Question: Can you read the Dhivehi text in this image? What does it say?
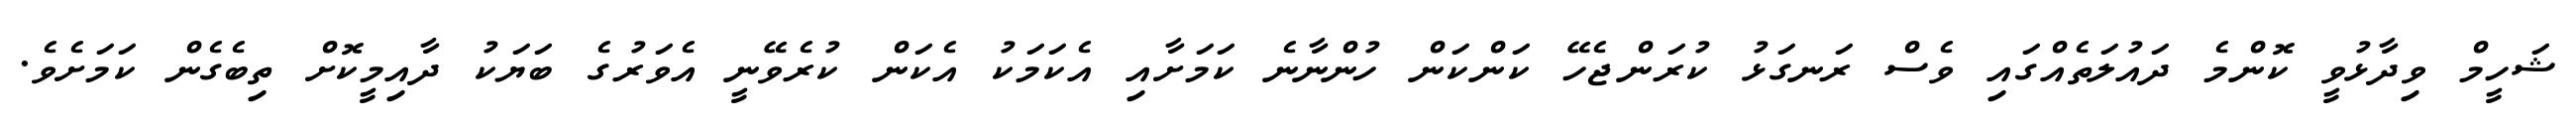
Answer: ޝަހީމް ވިދާޅުވީ ކޮންމެ ދައުލަތެއްގައި ވެސް ރަނގަޅު ކުރަންޖެހޭ ކަންކަން ހުންނާނެ ކަމަށާއި އެކަމަކު އެކަން ކުރެވޭނީ އެވަރުގެ ބަޔަކު ދާއިމީކޮށް ތިބެގެން ކަމަށެވެ.